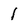
Character: 1